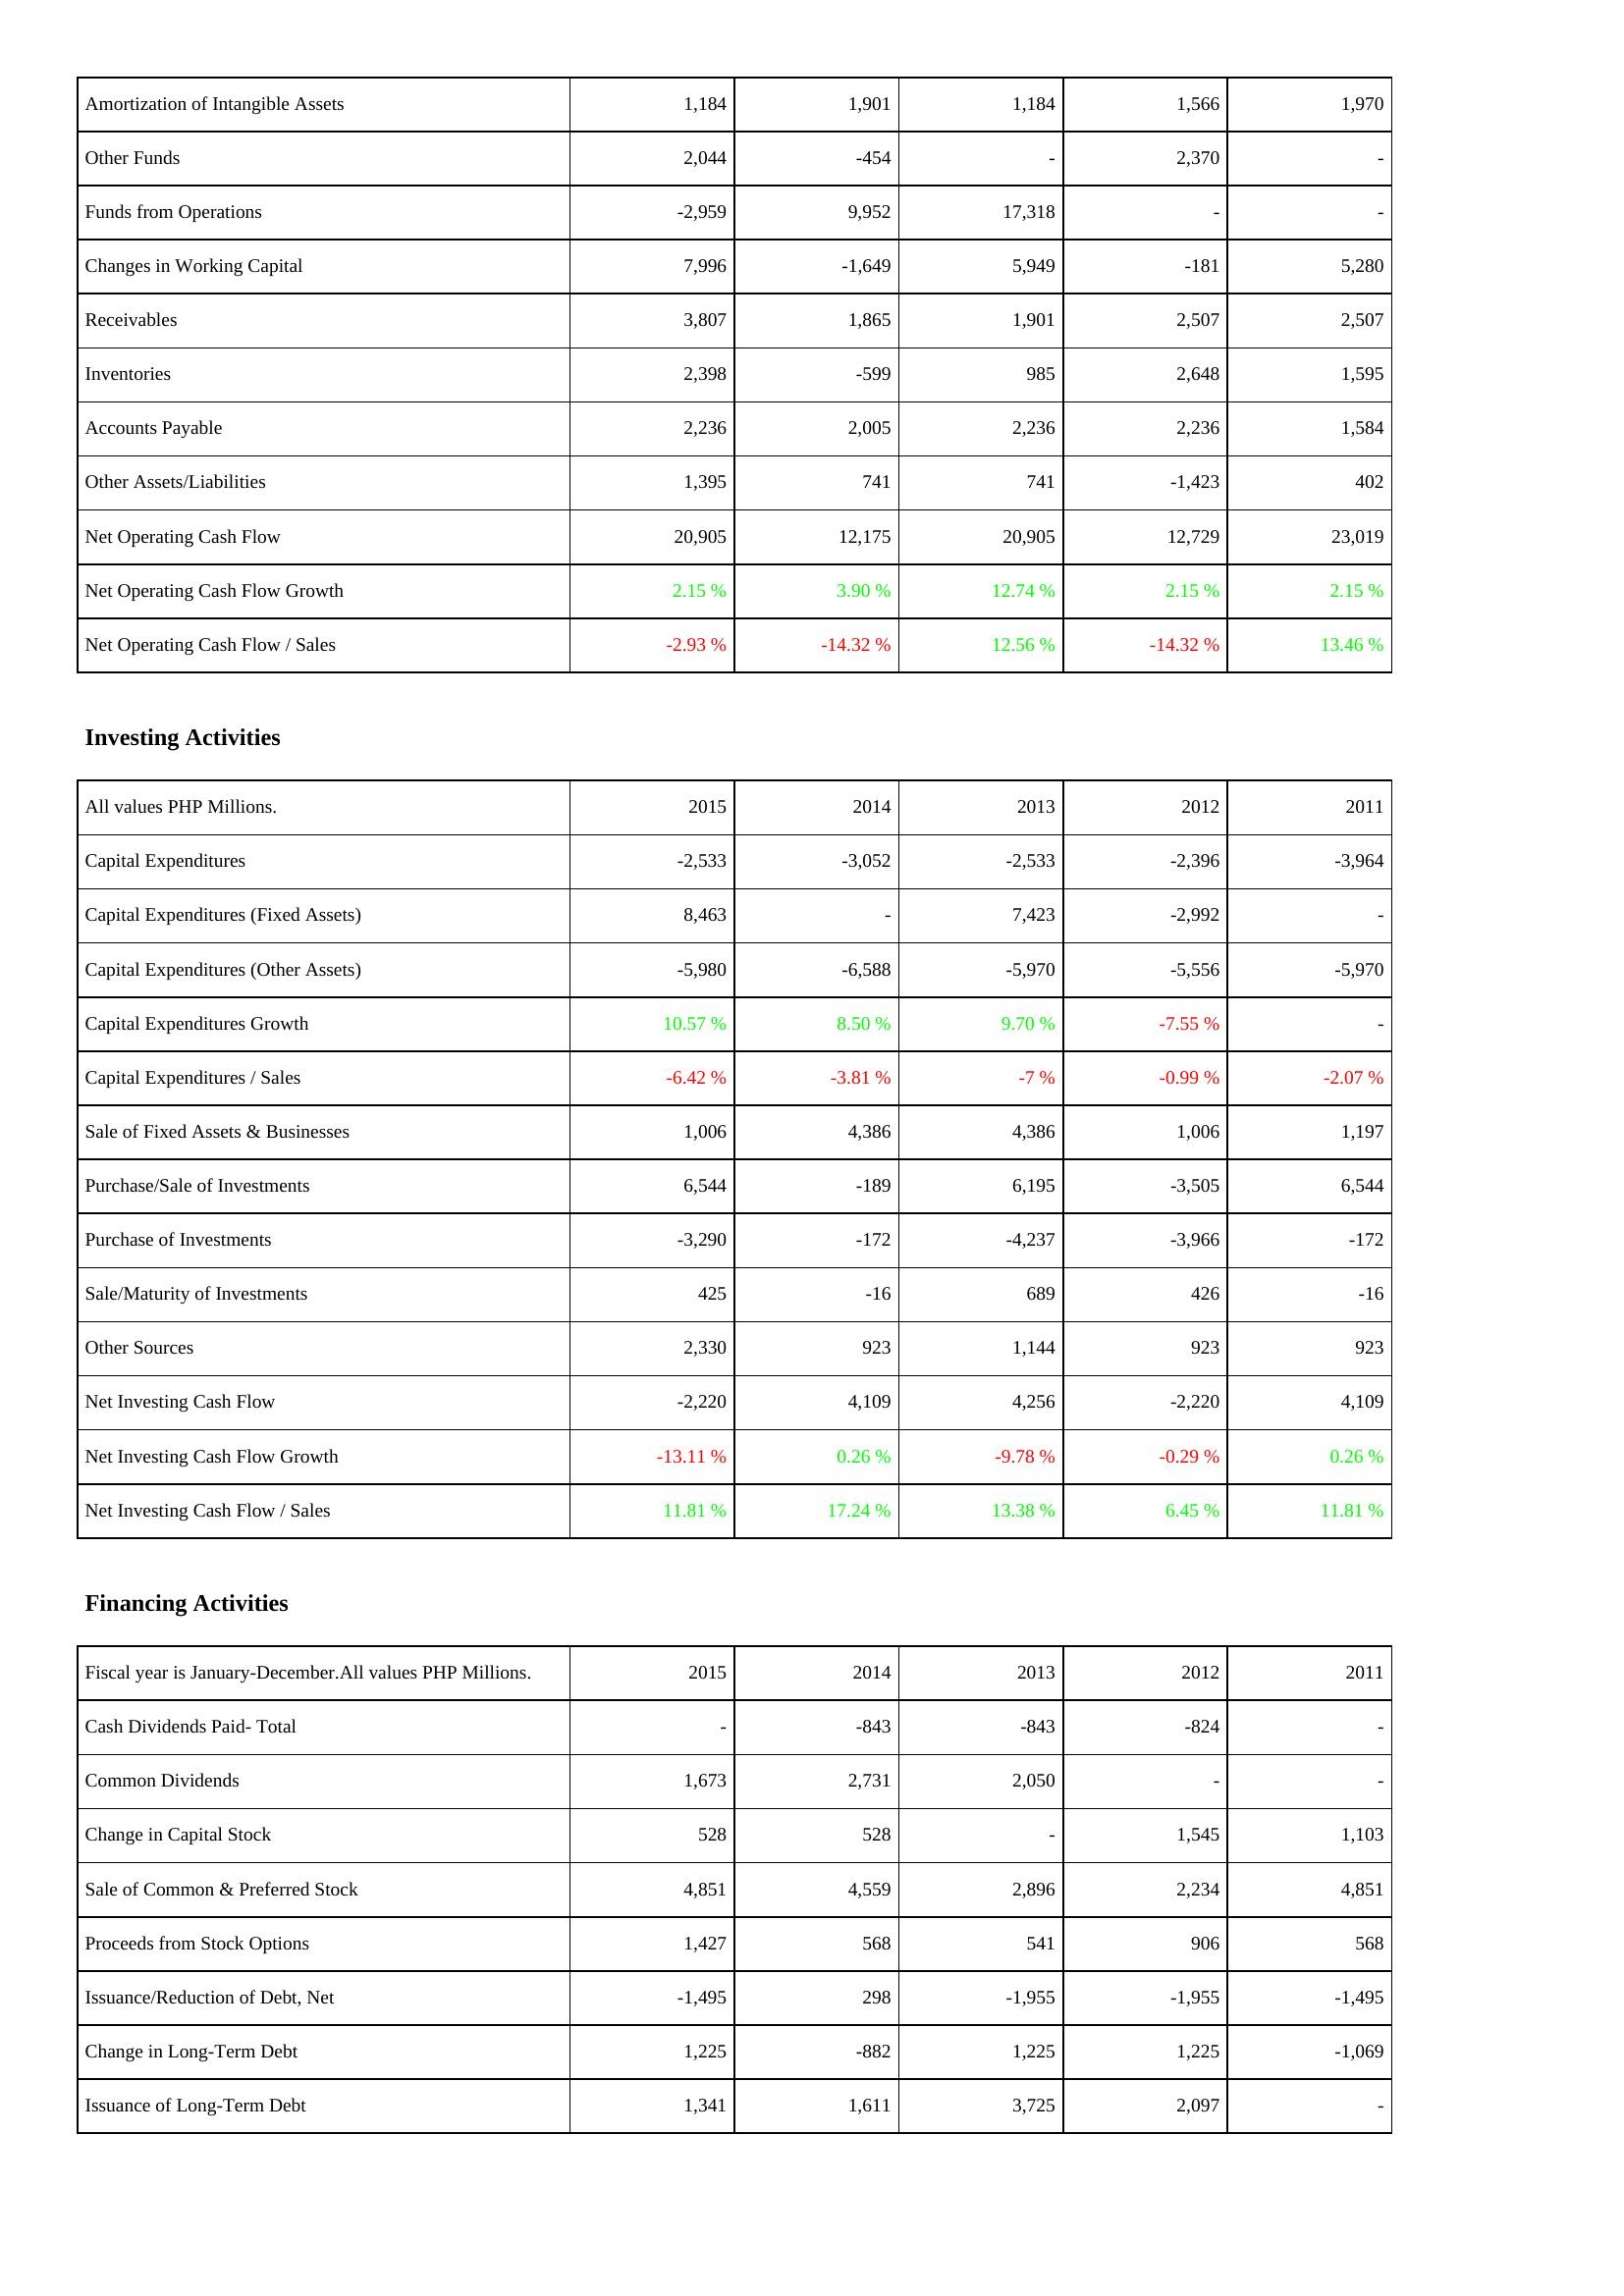
2015: Operating Activities: Amortization of Intangible Assets: 1,184
Other Funds: 2,044
Funds from Operations: -2,959
Changes in Working Capital: 7,996
Receivables: 3,807
Inventories: 2,398
Accounts Payable: 2,236
Other Assets/Liabilities: 1,395
Net Operating Cash Flow: 20,905
Net Operating Cash Flow Growth: 2.15 %
Net Operating Cash Flow / Sales: -2.93 %
Investing Activities: Capital Expenditures: -2,533
Capital Expenditures (Fixed Assets): 8,463
Capital Expenditures (Other Assets): -5,980
Capital Expenditures Growth: 10.57 %
Capital Expenditures / Sales: -6.42 %
Sale of Fixed Assets & Businesses: 1,006
Purchase/Sale of Investments: 6,544
Purchase of Investments: -3,290
Sale/Maturity of Investments: 425
Other Sources: 2,330
Net Investing Cash Flow: -2,220
Net Investing Cash Flow Growth: -13.11 %
Net Investing Cash Flow / Sales: 11.81 %
Financing Activities: Cash Dividends Paid- Total: -
Common Dividends: 1,673
Change in Capital Stock: 528
Sale of Common & Preferred Stock: 4,851
Proceeds from Stock Options: 1,427
Issuance/Reduction of Debt, Net: -1,495
Change in Long-Term Debt: 1,225
Issuance of Long-Term Debt: 1,341
2014: Operating Activities: Amortization of Intangible Assets: 1,901
Other Funds: -454
Funds from Operations: 9,952
Changes in Working Capital: -1,649
Receivables: 1,865
Inventories: -599
Accounts Payable: 2,005
Other Assets/Liabilities: 741
Net Operating Cash Flow: 12,175
Net Operating Cash Flow Growth: 3.90 %
Net Operating Cash Flow / Sales: -14.32 %
Investing Activities: Capital Expenditures: -3,052
Capital Expenditures (Fixed Assets): -
Capital Expenditures (Other Assets): -6,588
Capital Expenditures Growth: 8.50 %
Capital Expenditures / Sales: -3.81 %
Sale of Fixed Assets & Businesses: 4,386
Purchase/Sale of Investments: -189
Purchase of Investments: -172
Sale/Maturity of Investments: -16
Other Sources: 923
Net Investing Cash Flow: 4,109
Net Investing Cash Flow Growth: 0.26 %
Net Investing Cash Flow / Sales: 17.24 %
Financing Activities: Cash Dividends Paid- Total: -843
Common Dividends: 2,731
Change in Capital Stock: 528
Sale of Common & Preferred Stock: 4,559
Proceeds from Stock Options: 568
Issuance/Reduction of Debt, Net: 298
Change in Long-Term Debt: -882
Issuance of Long-Term Debt: 1,611
2013: Operating Activities: Amortization of Intangible Assets: 1,184
Other Funds: -
Funds from Operations: 17,318
Changes in Working Capital: 5,949
Receivables: 1,901
Inventories: 985
Accounts Payable: 2,236
Other Assets/Liabilities: 741
Net Operating Cash Flow: 20,905
Net Operating Cash Flow Growth: 12.74 %
Net Operating Cash Flow / Sales: 12.56 %
Investing Activities: Capital Expenditures: -2,533
Capital Expenditures (Fixed Assets): 7,423
Capital Expenditures (Other Assets): -5,970
Capital Expenditures Growth: 9.70 %
Capital Expenditures / Sales: -7 %
Sale of Fixed Assets & Businesses: 4,386
Purchase/Sale of Investments: 6,195
Purchase of Investments: -4,237
Sale/Maturity of Investments: 689
Other Sources: 1,144
Net Investing Cash Flow: 4,256
Net Investing Cash Flow Growth: -9.78 %
Net Investing Cash Flow / Sales: 13.38 %
Financing Activities: Cash Dividends Paid- Total: -843
Common Dividends: 2,050
Change in Capital Stock: -
Sale of Common & Preferred Stock: 2,896
Proceeds from Stock Options: 541
Issuance/Reduction of Debt, Net: -1,955
Change in Long-Term Debt: 1,225
Issuance of Long-Term Debt: 3,725
2012: Operating Activities: Amortization of Intangible Assets: 1,566
Other Funds: 2,370
Funds from Operations: -
Changes in Working Capital: -181
Receivables: 2,507
Inventories: 2,648
Accounts Payable: 2,236
Other Assets/Liabilities: -1,423
Net Operating Cash Flow: 12,729
Net Operating Cash Flow Growth: 2.15 %
Net Operating Cash Flow / Sales: -14.32 %
Investing Activities: Capital Expenditures: -2,396
Capital Expenditures (Fixed Assets): -2,992
Capital Expenditures (Other Assets): -5,556
Capital Expenditures Growth: -7.55 %
Capital Expenditures / Sales: -0.99 %
Sale of Fixed Assets & Businesses: 1,006
Purchase/Sale of Investments: -3,505
Purchase of Investments: -3,966
Sale/Maturity of Investments: 426
Other Sources: 923
Net Investing Cash Flow: -2,220
Net Investing Cash Flow Growth: -0.29 %
Net Investing Cash Flow / Sales: 6.45 %
Financing Activities: Cash Dividends Paid- Total: -824
Common Dividends: -
Change in Capital Stock: 1,545
Sale of Common & Preferred Stock: 2,234
Proceeds from Stock Options: 906
Issuance/Reduction of Debt, Net: -1,955
Change in Long-Term Debt: 1,225
Issuance of Long-Term Debt: 2,097
2011: Operating Activities: Amortization of Intangible Assets: 1,970
Other Funds: -
Funds from Operations: -
Changes in Working Capital: 5,280
Receivables: 2,507
Inventories: 1,595
Accounts Payable: 1,584
Other Assets/Liabilities: 402
Net Operating Cash Flow: 23,019
Net Operating Cash Flow Growth: 2.15 %
Net Operating Cash Flow / Sales: 13.46 %
Investing Activities: Capital Expenditures: -3,964
Capital Expenditures (Fixed Assets): -
Capital Expenditures (Other Assets): -5,970
Capital Expenditures Growth: -
Capital Expenditures / Sales: -2.07 %
Sale of Fixed Assets & Businesses: 1,197
Purchase/Sale of Investments: 6,544
Purchase of Investments: -172
Sale/Maturity of Investments: -16
Other Sources: 923
Net Investing Cash Flow: 4,109
Net Investing Cash Flow Growth: 0.26 %
Net Investing Cash Flow / Sales: 11.81 %
Financing Activities: Cash Dividends Paid- Total: -
Common Dividends: -
Change in Capital Stock: 1,103
Sale of Common & Preferred Stock: 4,851
Proceeds from Stock Options: 568
Issuance/Reduction of Debt, Net: -1,495
Change in Long-Term Debt: -1,069
Issuance of Long-Term Debt: -